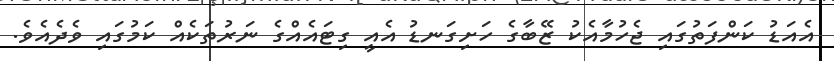
އެއަޑު ކަންފަތުގައި ޖެހުމާއެކު ޒޭބާގެ ހަށިގަނޑު އެއީ ގިޓައެއްގެ ނަރުތަކެއް ކަމުގައި ވެދެއެވެ.